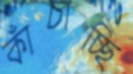
কাঁচাচ্ছি